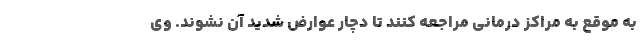
به موقع به مراکز درمانی مراجعه کنند تا دچار عوارض شدید آن نشوند. وی